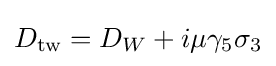
D_{\text{tw}}=D_{W}+i\mu \gamma _{5}\sigma _{3}